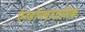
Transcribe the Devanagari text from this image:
एॆन्डोप्लाज़मिक